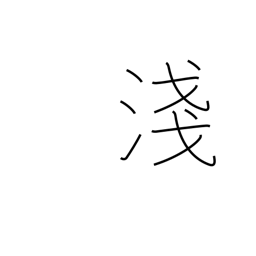
Meaning: not deep